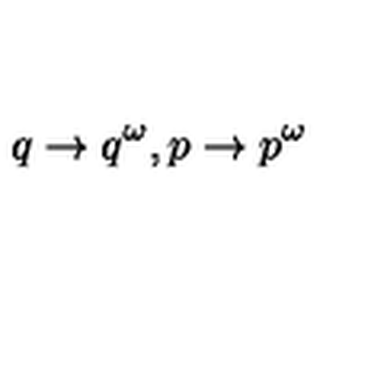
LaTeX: q \rightarrow q ^ { \omega } , p \rightarrow p ^ { \omega }